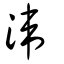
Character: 湋